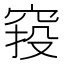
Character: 𥦆